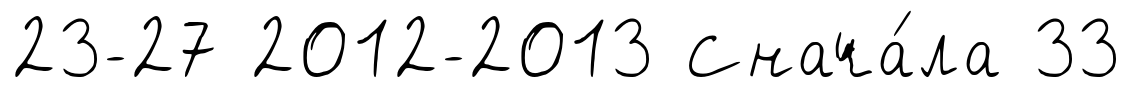
23-27 2012-2013 Снача́ла 33